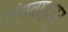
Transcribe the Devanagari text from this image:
जंगवाहादुर